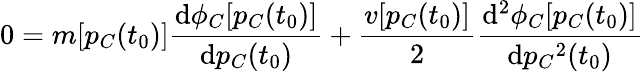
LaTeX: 0=m[p_{C}(t_{0})]\frac{\mathrm{d}\phi_{C}[p_{C}(t_{0})]}{\mathrm{d}p_{C}(t_{0})}+\frac{v[p_{C}(t_{0})]}{2}\frac{\mathrm{d}^{2}\phi_{C}[p_{C}(t_{0})]}{\mathrm{d}{p_{C}}^{2}(t_{0})}